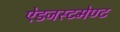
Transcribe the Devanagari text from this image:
ऐडजस्टमेण्ट